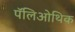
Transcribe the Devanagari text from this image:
पॅलिओथिक